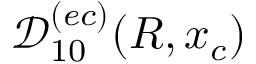
\mathcal { D } _ { 1 0 } ^ { ( e c ) } ( R , x _ { c } )